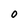
Character: 0